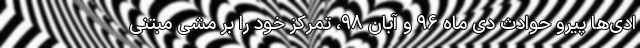
ادی‌ها پیرو حوادث دی ‌ماه ۹۶ و آبان ۹۸، تمرکز خود را بر مشی مبتنی